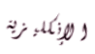
الإنكليزية